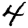
Digit: 4